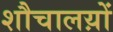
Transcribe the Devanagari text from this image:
शौचालय़ों